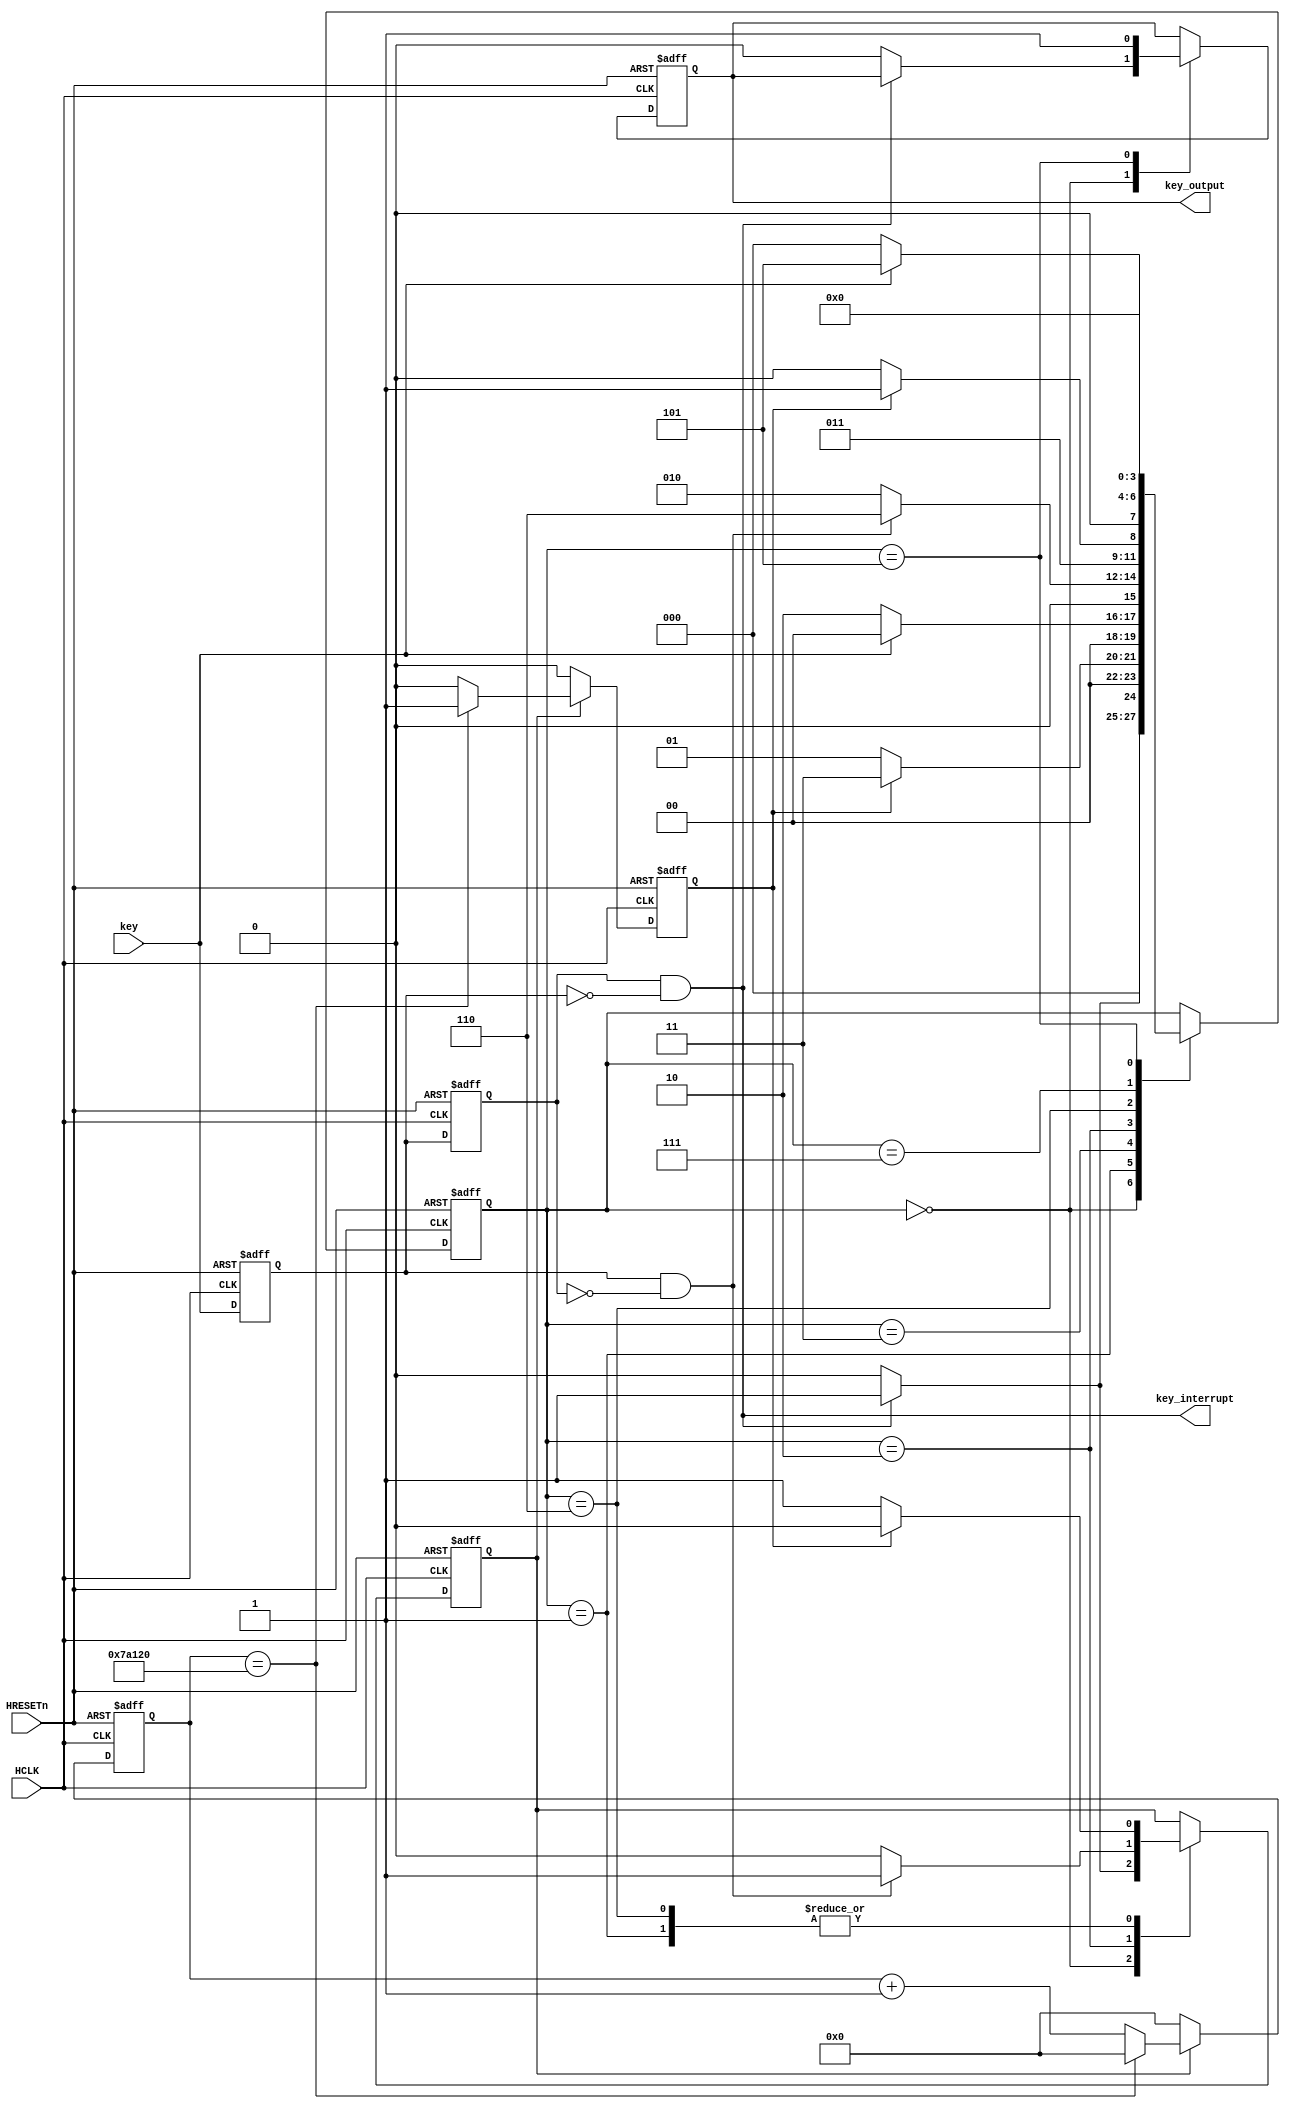
module Simplekey#
    (
       parameter	CLK_FRQ			= 50_000_000,				    // 50MHz
	   parameter	DELAY_TIME		= 10						    // ms
)(
    input wire  HCLK,
    input wire  HRESETn,
    input wire  key,
    output reg  key_output,
    output wire key_interrupt
);

	parameter	DELAY_CNT		= (CLK_FRQ*DELAY_TIME)/1000; 	// 
	
//
	// 
	localparam	KEY_IDLE		= 4'b0000;			// key IDLE
	localparam	KEY_DELAY_1		= 4'b0001;			// 
	localparam	KEY_DECIDE_1	= 4'b0011;			// I/O
	localparam	KEY_WAIT_POSE	= 4'b0010;			// 
	localparam	KEY_DELAY_2		= 4'b0110;			// 
	localparam	KEY_DECIDE_2	= 4'b0111;			// I/O
	localparam	KEY_FINISH		= 4'b0101;			// 
	
//
	reg[3:0]	state;				// 
	reg[23:0]	cnt;				// 24
	reg			delay_en;			// 
	reg			delay_done;			// 
	reg			ff_a;				// A
	reg			ff_b;				// B
	
	wire		key_pose;			// 1
	wire		key_nege;			// 1
	
//
	// 
	always@(posedge HCLK or negedge HRESETn)begin
		if(!HRESETn)begin
			cnt			<= 24'b0;
			delay_done  <= 1'b0;
		end
		else if(delay_en)begin
			if(cnt == DELAY_CNT)begin
				cnt			<= 24'b0;
				delay_done  <= 1'b1;
			end
			else begin
				cnt <= cnt + 24'b1;
				delay_done  <= 1'b0;
			end	
		end
		else begin
			cnt			<= 24'b0;
			delay_done  <= 1'b0;
		end
	end
	
	
	// 
	always@(posedge HCLK or negedge HRESETn)begin
		if(!HRESETn)begin
			ff_a <= 1'b0;
			ff_b <= 1'b0;
		end
		else begin
			ff_a <= key;
			ff_b <= ff_a;
		end
	end
	
	
	// 
	assign	key_nege  =  ff_b && (~ff_a);		// 
	assign	key_pose  =  ff_a && (~ff_b);		// 
	
//	
	// 
	always@(posedge HCLK or negedge HRESETn)begin
		if(!HRESETn)begin
			state <= KEY_IDLE;								// 
			delay_en <= 1'b0;								// 
			key_output <= 1'b0;								// 
		end
		else begin
			case(state)
				// key IDLE
				KEY_IDLE: begin
					if(key_nege)begin						// 
						delay_en <= 1'b1;					// 
						state	 <= KEY_DELAY_1;			//  KEY_DELAY_1
					end
					else begin
						delay_en <= 1'b0;
						key_output <= 1'b0;					// 
						state <= KEY_IDLE;
					end	
				end
				
				// 
				KEY_DELAY_1: begin
					if(delay_done)begin
						delay_en <= 1'b0;					// 
						state	 <= KEY_DECIDE_1;			//  KEY_DECIDE_1
					end
					else begin
						delay_en <= 1'b1;
						state	 <= KEY_DELAY_1;
					end
				end
				
				// I/O
				KEY_DECIDE_1: begin
					if(~key)
						state	 <= KEY_WAIT_POSE;			//  KEY_WAIT_POSE
					else
						state	 <= KEY_IDLE;
				end
				
				// 
				KEY_WAIT_POSE: begin
					if(key_pose)begin						// 
						delay_en <= 1'b1;					// 
						state	 <= KEY_DELAY_2;			//  KEY_DELAY_2
					end
					else begin
						delay_en <= 1'b0;
						state	 <= KEY_WAIT_POSE;
					end
				end
				
				// 
				KEY_DELAY_2: begin
					if(delay_done)begin
						delay_en <= 1'b0;					// 
						state	 <= KEY_DECIDE_2;			//  KEY_DECIDE_2
					end
					else begin
						delay_en <= 1'b1;
						state	 <= KEY_DELAY_2;
					end
				end
				
				// I/O
				KEY_DECIDE_2: begin
					if(key)
						state	 <= KEY_FINISH;			//  KEY_FINISH
					else
						state	 <= KEY_IDLE;
				end
				
				// 
				KEY_FINISH: begin
					key_output	<= 1'b1;				// 
					state	 	<= KEY_IDLE;			//  KEY_IDLE
					
				end	
			endcase		
		end
	end

    assign key_interrupt = key_nege;
endmodule //key